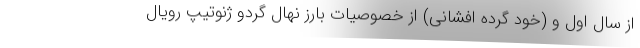
از سال اول و (خود گرده افشانی) از خصوصیات بارز نهال گردو ژنوتیپ رویال